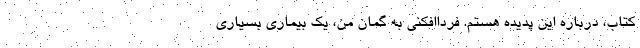
کتاب، درباره این پدیده هستم. فرداافکنی به گمان من، یک بیماری بسیاری